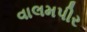
વાલમપીર